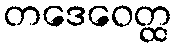
တဒေဝေတ္ထ